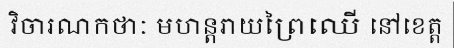
វិចារណកថាៈ មហន្តរាយព្រៃឈើ នៅខេត្ត